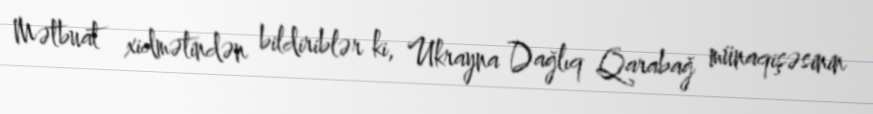
Mətbuat xidmətindən bildiriblər ki, Ukrayna Dağlıq Qarabağ münaqişəsinin